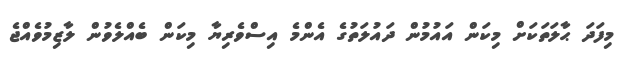
މިފަދަ ޙާލަތަކަށް މިކަން އައުމުން ދައުލަތުގެ އެންމެ އިސްވެރިޔާ މިކަން ބެއްލެވުން ލާޒިމުވެއްޖެ